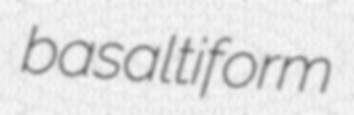
basaltiform